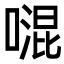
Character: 𠽞